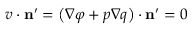
\boldsymbol { v } \cdot \mathbf { n } ^ { \prime } = \left( { \nabla \varphi + p \nabla q } \right) \cdot \mathbf { n } ^ { \prime } = 0